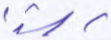
رشدا